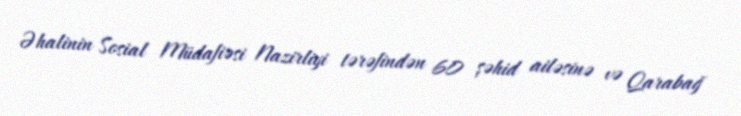
Əhalinin Sosial Müdafiəsi Nazirliyi tərəfindən 60 şəhid ailəsinə və Qarabağ